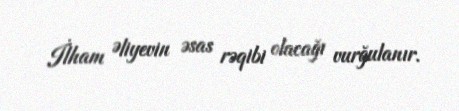
İlham Əliyevin əsas rəqibi olacağı vurğulanır.